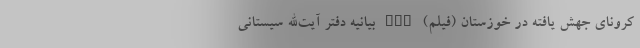
کرونای جهش یافته در خوزستان (فیلم) nan بیانیه دفتر آیت‌الله سیستانی